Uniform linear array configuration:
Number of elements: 24
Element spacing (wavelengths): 0.5
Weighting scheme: hamming
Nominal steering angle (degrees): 30
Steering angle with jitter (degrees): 28.774
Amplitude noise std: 0.05
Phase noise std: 0.05

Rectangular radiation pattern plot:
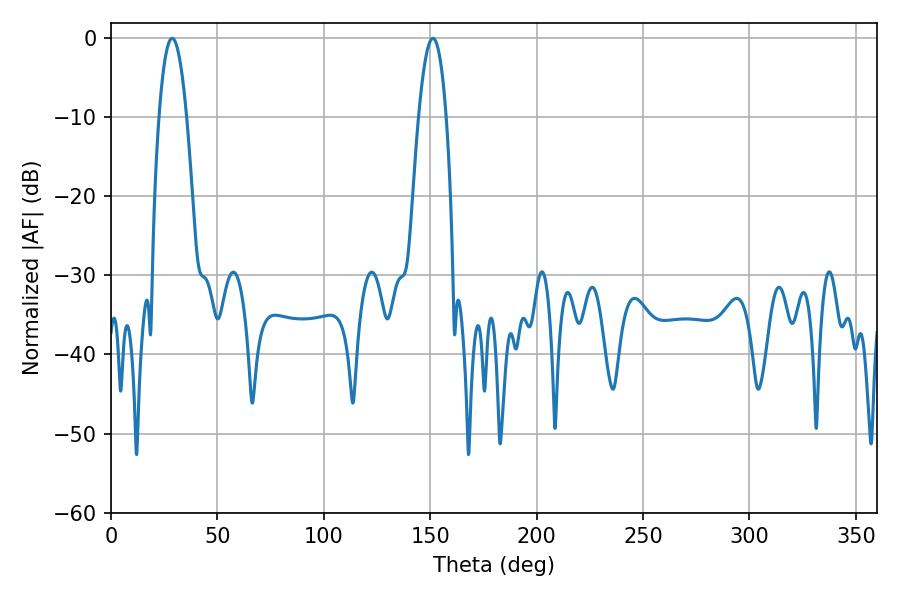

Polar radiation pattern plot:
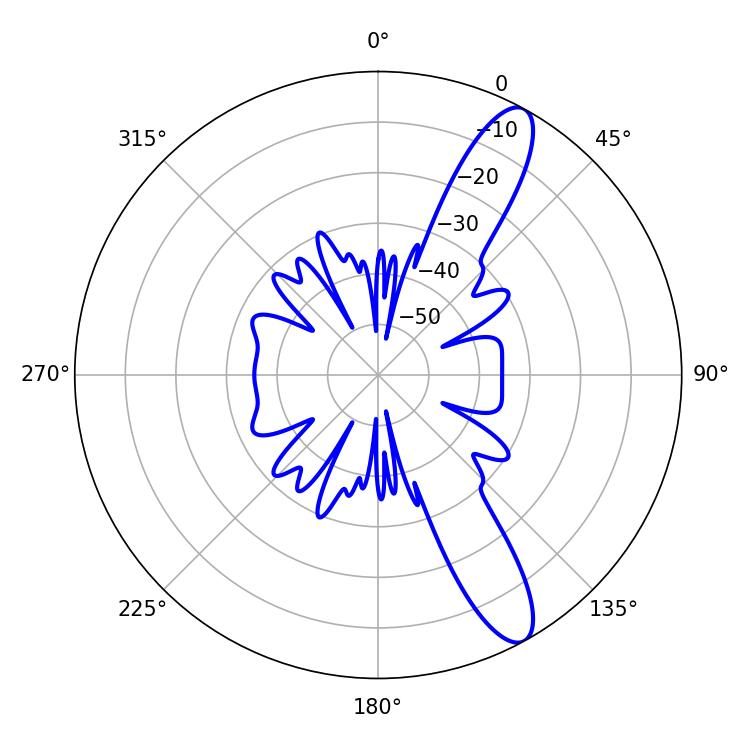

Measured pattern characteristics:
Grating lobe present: FALSE
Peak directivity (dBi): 11.872
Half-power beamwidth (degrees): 7.2
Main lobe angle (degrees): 28.8